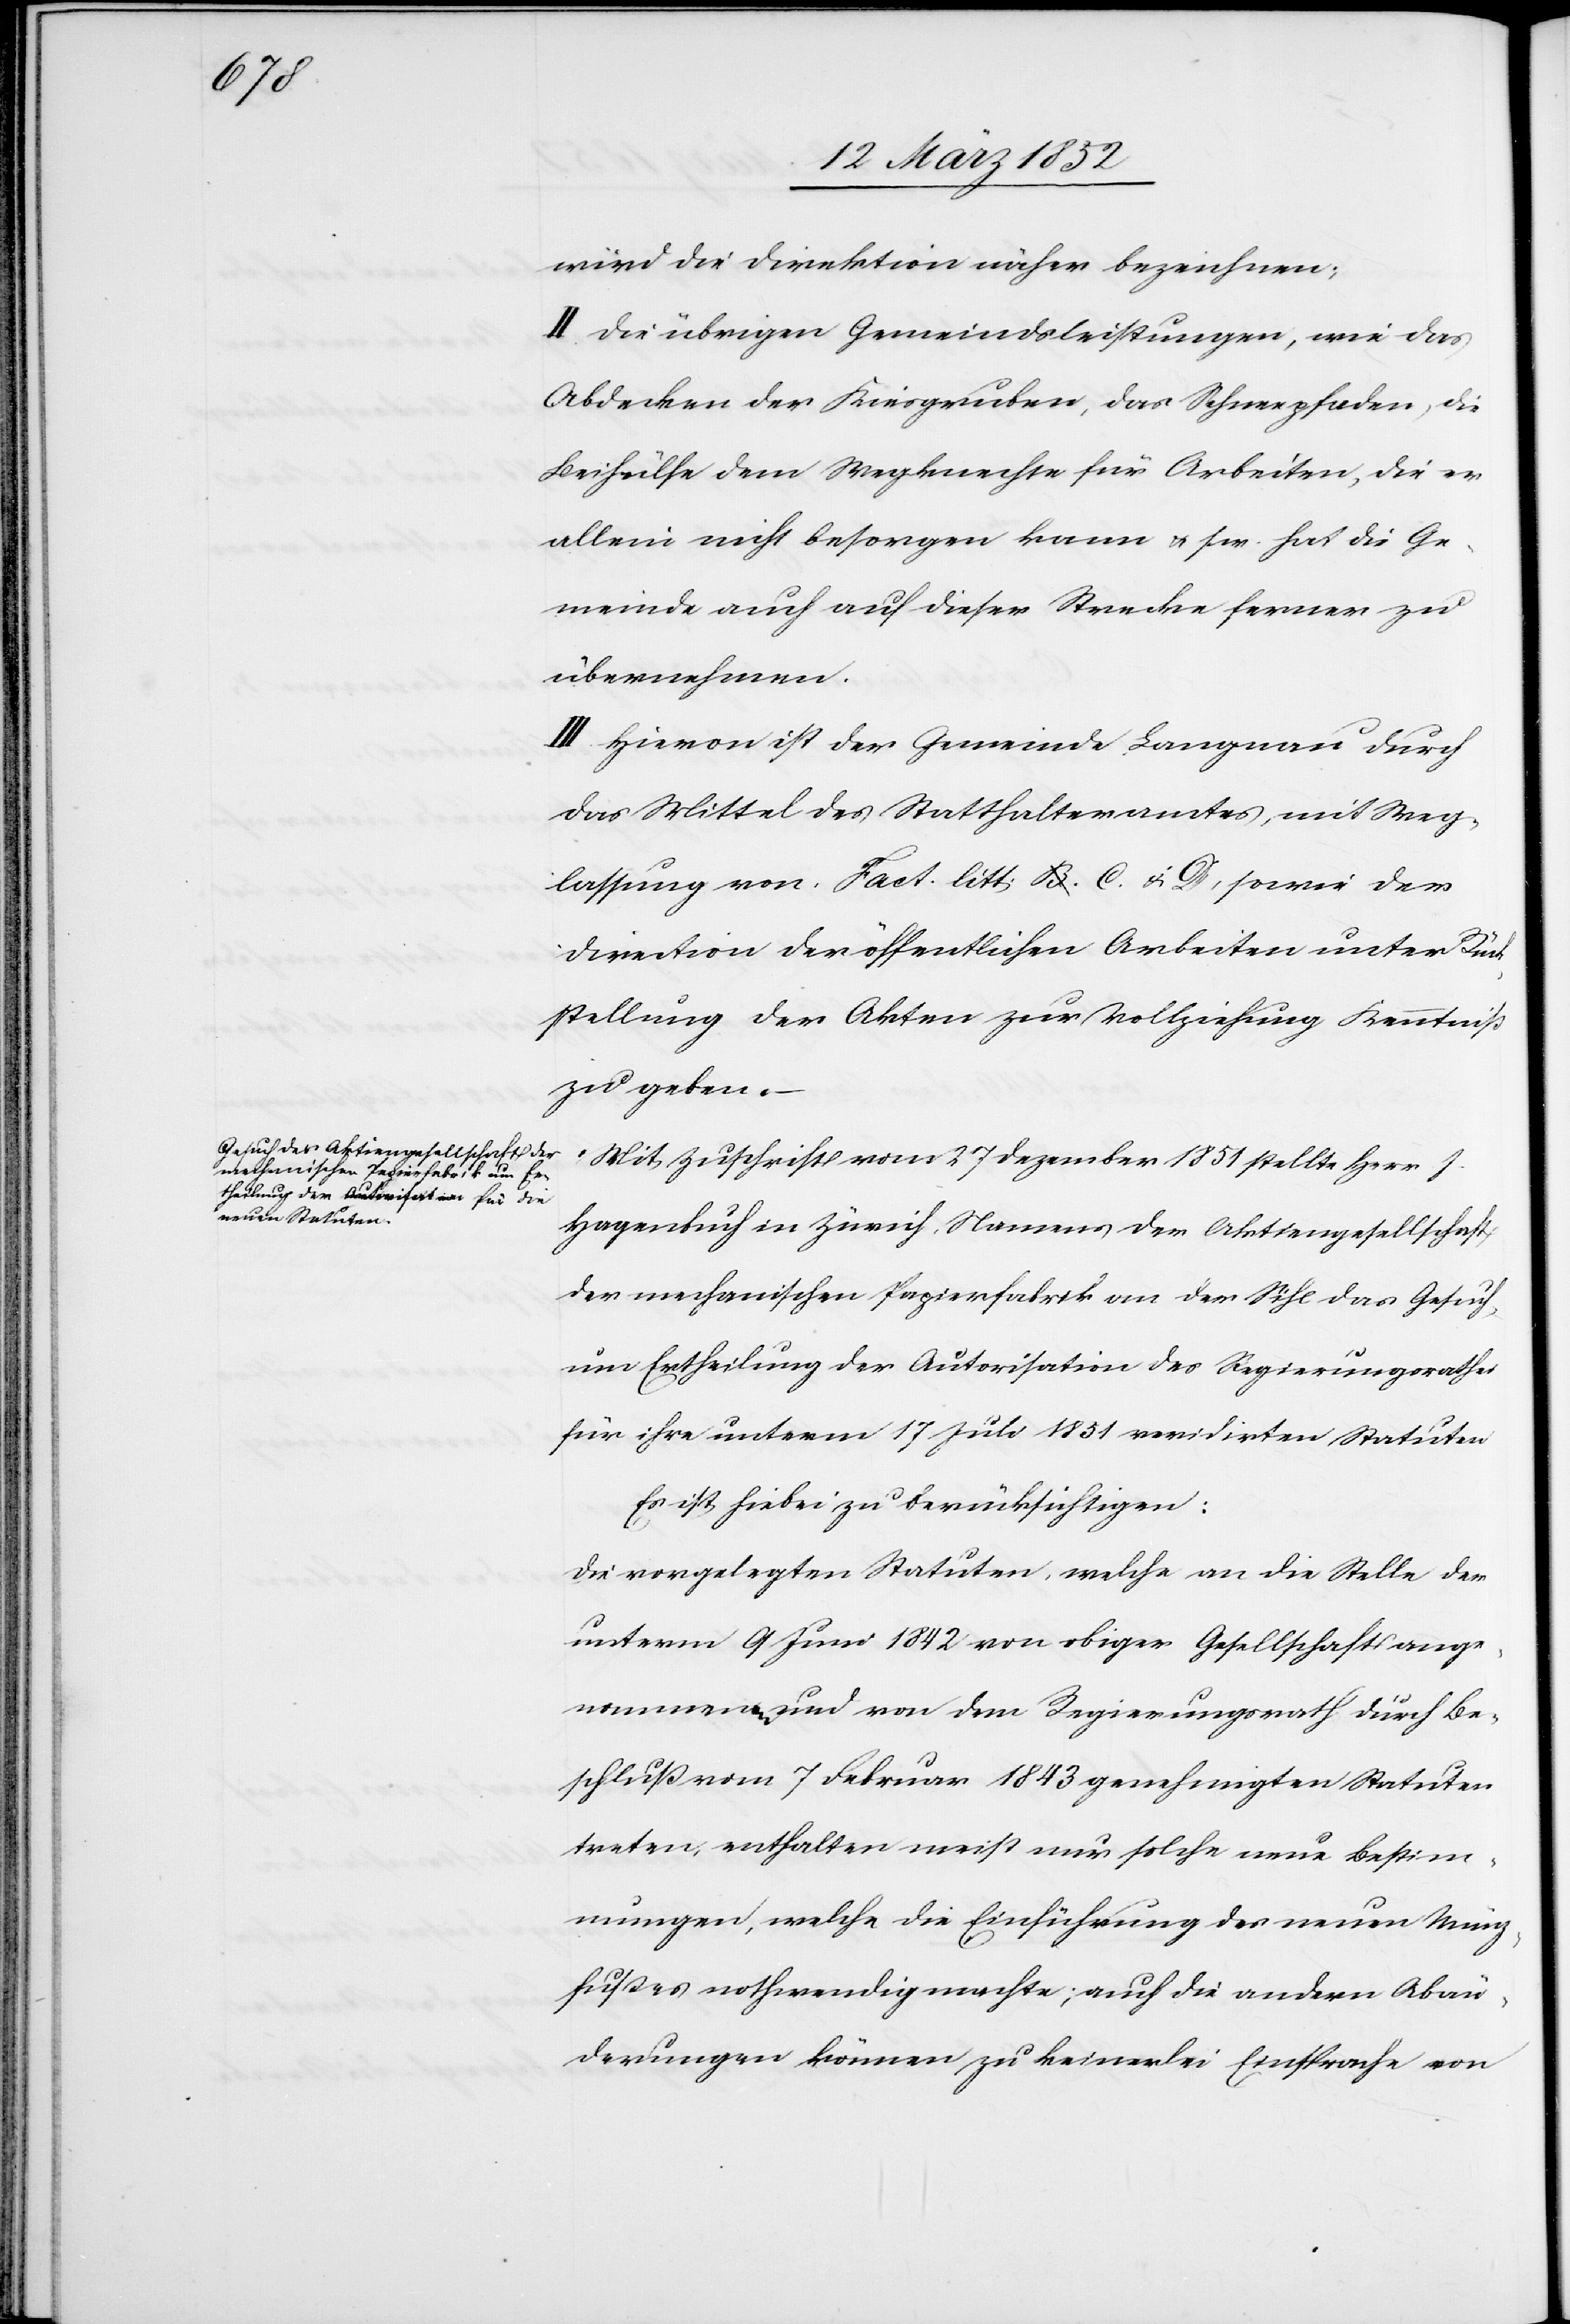
wird die Direktion näher bezeichnen.
II. Die übrigen Gemeindsleistungen, wie das
Abdecken der Kiesgruben, das Schneepfaden, die
Beihülfe dem Wegknechte für Arbeiten, die er
allein nicht besorgen kann u. s. w. hat die Ge¬
meinde auch auf dieser Strecke ferner zu
übernehmen.
III. Hievon ist der Gemeinde Langnau durch
das Mittel des Statthalteramtes, mit Weg¬
lassung von Fact. litt. C. u. D, sowie der
Direction der öffentlichen Arbeiten unter Rück¬
stellung der Akten zur Vollziehung Kenntniß
zu geben.
Mit Zuschrift vom 27 Dezember 1851 stellte Herr J.
Hagenbuch in Zürich, Namens der Aktiengesellschaft
der mechanischen Papierfabrik an der Sihl das Gesuch
um Ertheilung der Autorisation des Regierungsrathes
für ihre unterm 17 Juli 1851 revidirten Statuten.
Es ist hiebei zu berücksichtigen:
Die vorgelegten Statuten, welche an die Stelle der
unterm 9 Juni 1842 von obiger Gesellschaft ange¬
nommenen und von dem Regierungsrath durch Be¬
schluß vom 7 Februar 1842 genehmigten Statuten
treten, enthalten meist nur solche neue Bestim¬
mungen, welche die Einführung des neuen Münz¬
fußes nothwendig machte, auch die andern Abän¬
derungen können zu keinerlei Einsprache von